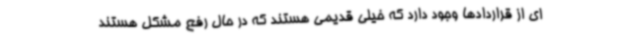
ای از قراردادها وجود دارد که خیلی قدیمی هستند که در حال رفع مشکل هستند